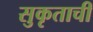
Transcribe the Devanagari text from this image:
सुकृताची